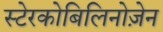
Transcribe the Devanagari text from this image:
स्टेरकोबिलिनोज़ेन